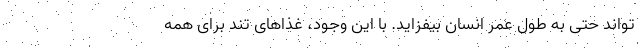
تواند حتی به طول عمر انسان بیفزاید. با این وجود، غذاهای تند برای همه